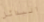
البدائل